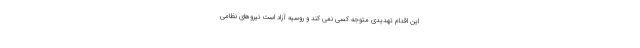
این اقدام تهدیدی متوجه کسی نمی کند و روسیه آزاد است نیروهای نظامی